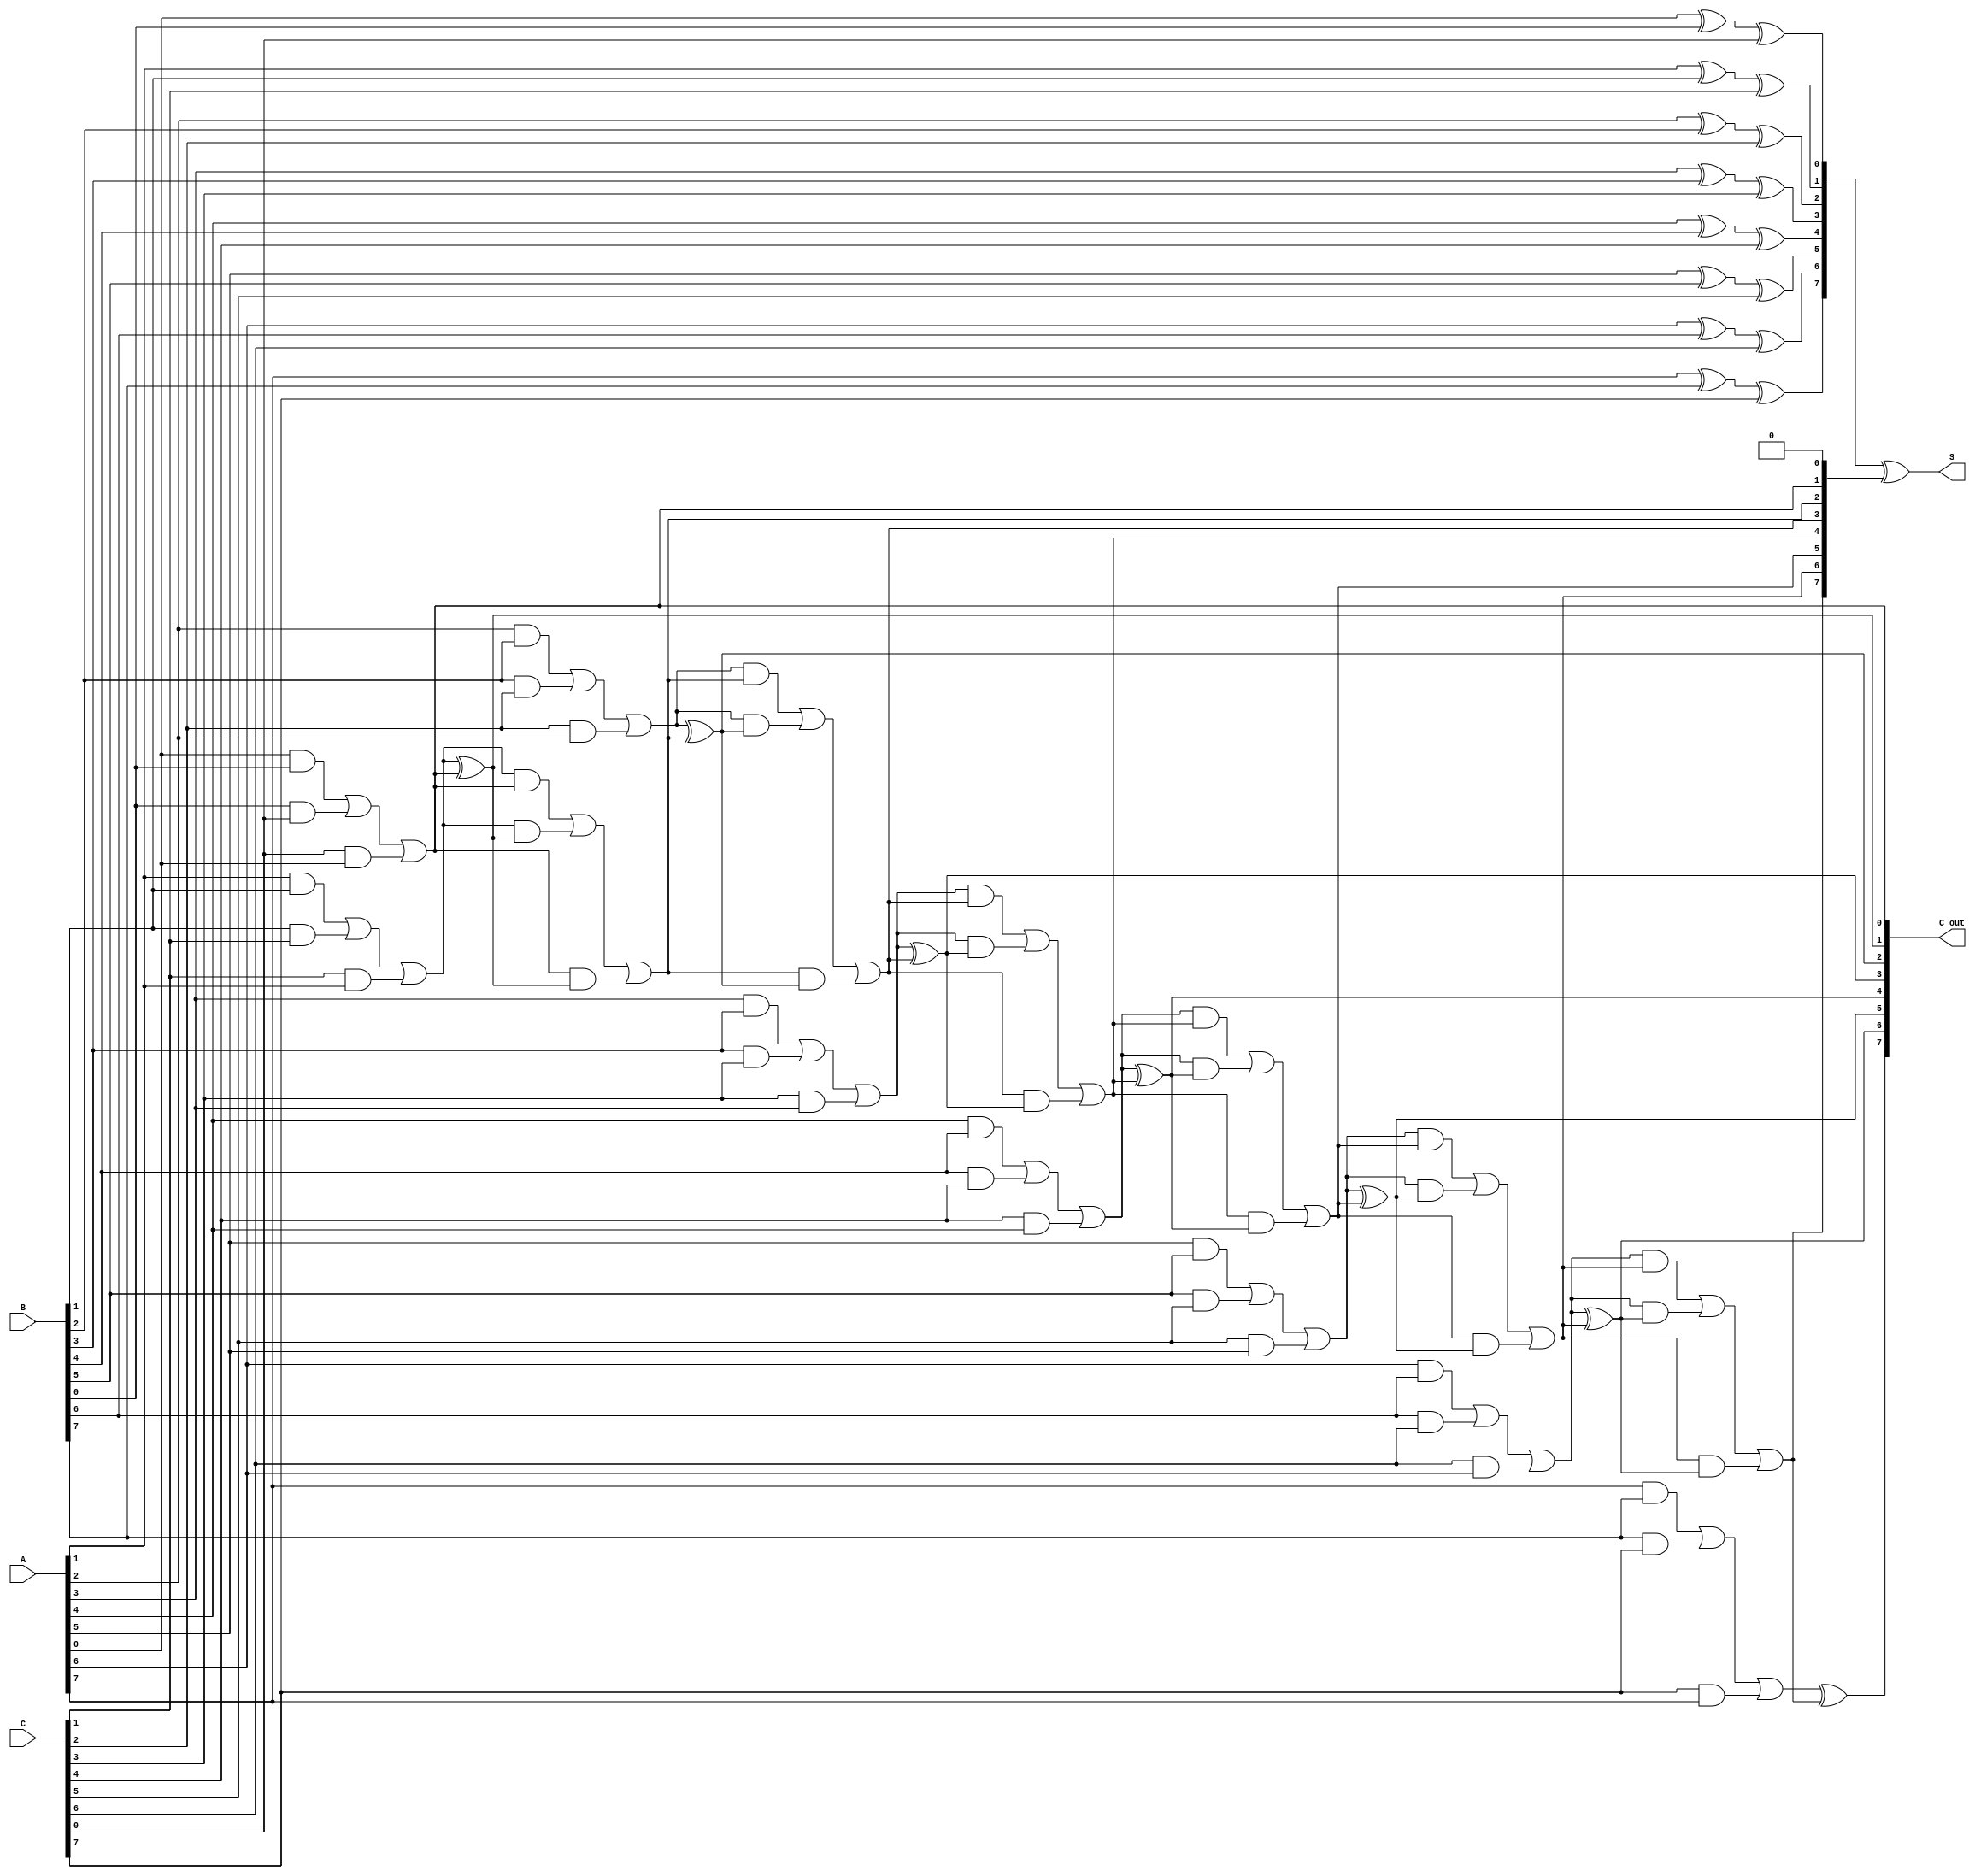
module carry_save_adder (
    input [N-1:0] A,  // First input number
    input [N-1:0] B,  // Second input number
    input [N-1:0] C,  // Third input number
    output [N-1:0] S, // Sum output
    output [N-1:0] C_out // Carry output
);
    parameter N = 8; // Width of the input numbers

    wire [N-1:0] sum; // Intermediate sum outputs
    wire [N-1:0] carry; // Intermediate carry outputs

    // Generate full adders for each bit
    genvar i;
    generate
        for (i = 0; i < N; i = i + 1) begin : full_adder
            // Full adder logic
            assign sum[i] = A[i] ^ B[i] ^ C[i]; // Sum output
            assign carry[i] = (A[i] & B[i]) | (B[i] & C[i]) | (C[i] & A[i]); // Carry output
        end
    endgenerate

    // Final carry propagation stage
    // Using a simple ripple carry adder for the final carry resolution
    wire [N:0] final_carry; // Extra bit for carry out
    assign final_carry[0] = 0; // Initial carry in is 0

    generate
        for (i = 0; i < N; i = i + 1) begin : final_adder
            assign C_out[i] = carry[i] ^ final_carry[i]; // Final carry output
            assign final_carry[i + 1] = (carry[i] & final_carry[i]) | (carry[i] & C_out[i]) | (final_carry[i] & C_out[i]); // Carry propagation
        end
    endgenerate

    // Final sum output
    assign S = sum ^ final_carry[N-1:0]; // Final sum output

endmodule